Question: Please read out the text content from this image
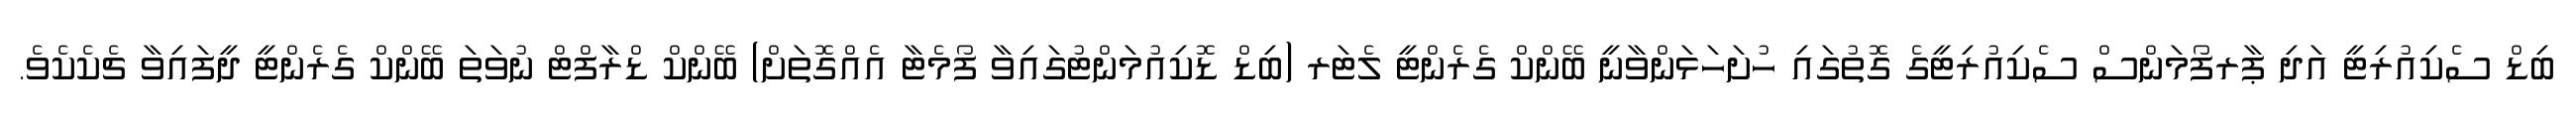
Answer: ބިޑް ސެކިއުރިޓީ އަދި ޕާރފޯމަންސް ސެކިއުރިޓީގެ ގޮތުގައި ހުށަހަޅަންވާނީ ބޭންކް ގެރެންޓީ ލެޓަރ (ބިޑް ޑޮކިއުމަންޓުގައިވާ ފޯމެޓާ އެއްގޮތަށް) ބޭންކް ޑްރާފްޓް ނުވަތަ ބޭންކް ގެރެންޓީ ދީފައިވާ ޗެކެކެވެ.